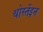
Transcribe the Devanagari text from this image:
थोर्स्तेइन